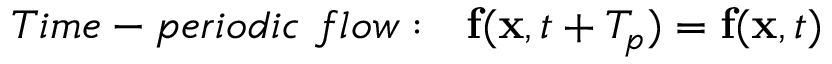
T i m e - p e r i o d i c \ f l o w : \ \ \mathbf { f } ( \mathbf { x } , t + T _ { p } ) = \mathbf { f } ( \mathbf { x } , t )